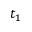
t _ { 1 }